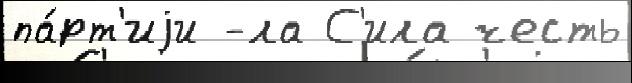
па́рт'иjи -ла С'ила честь